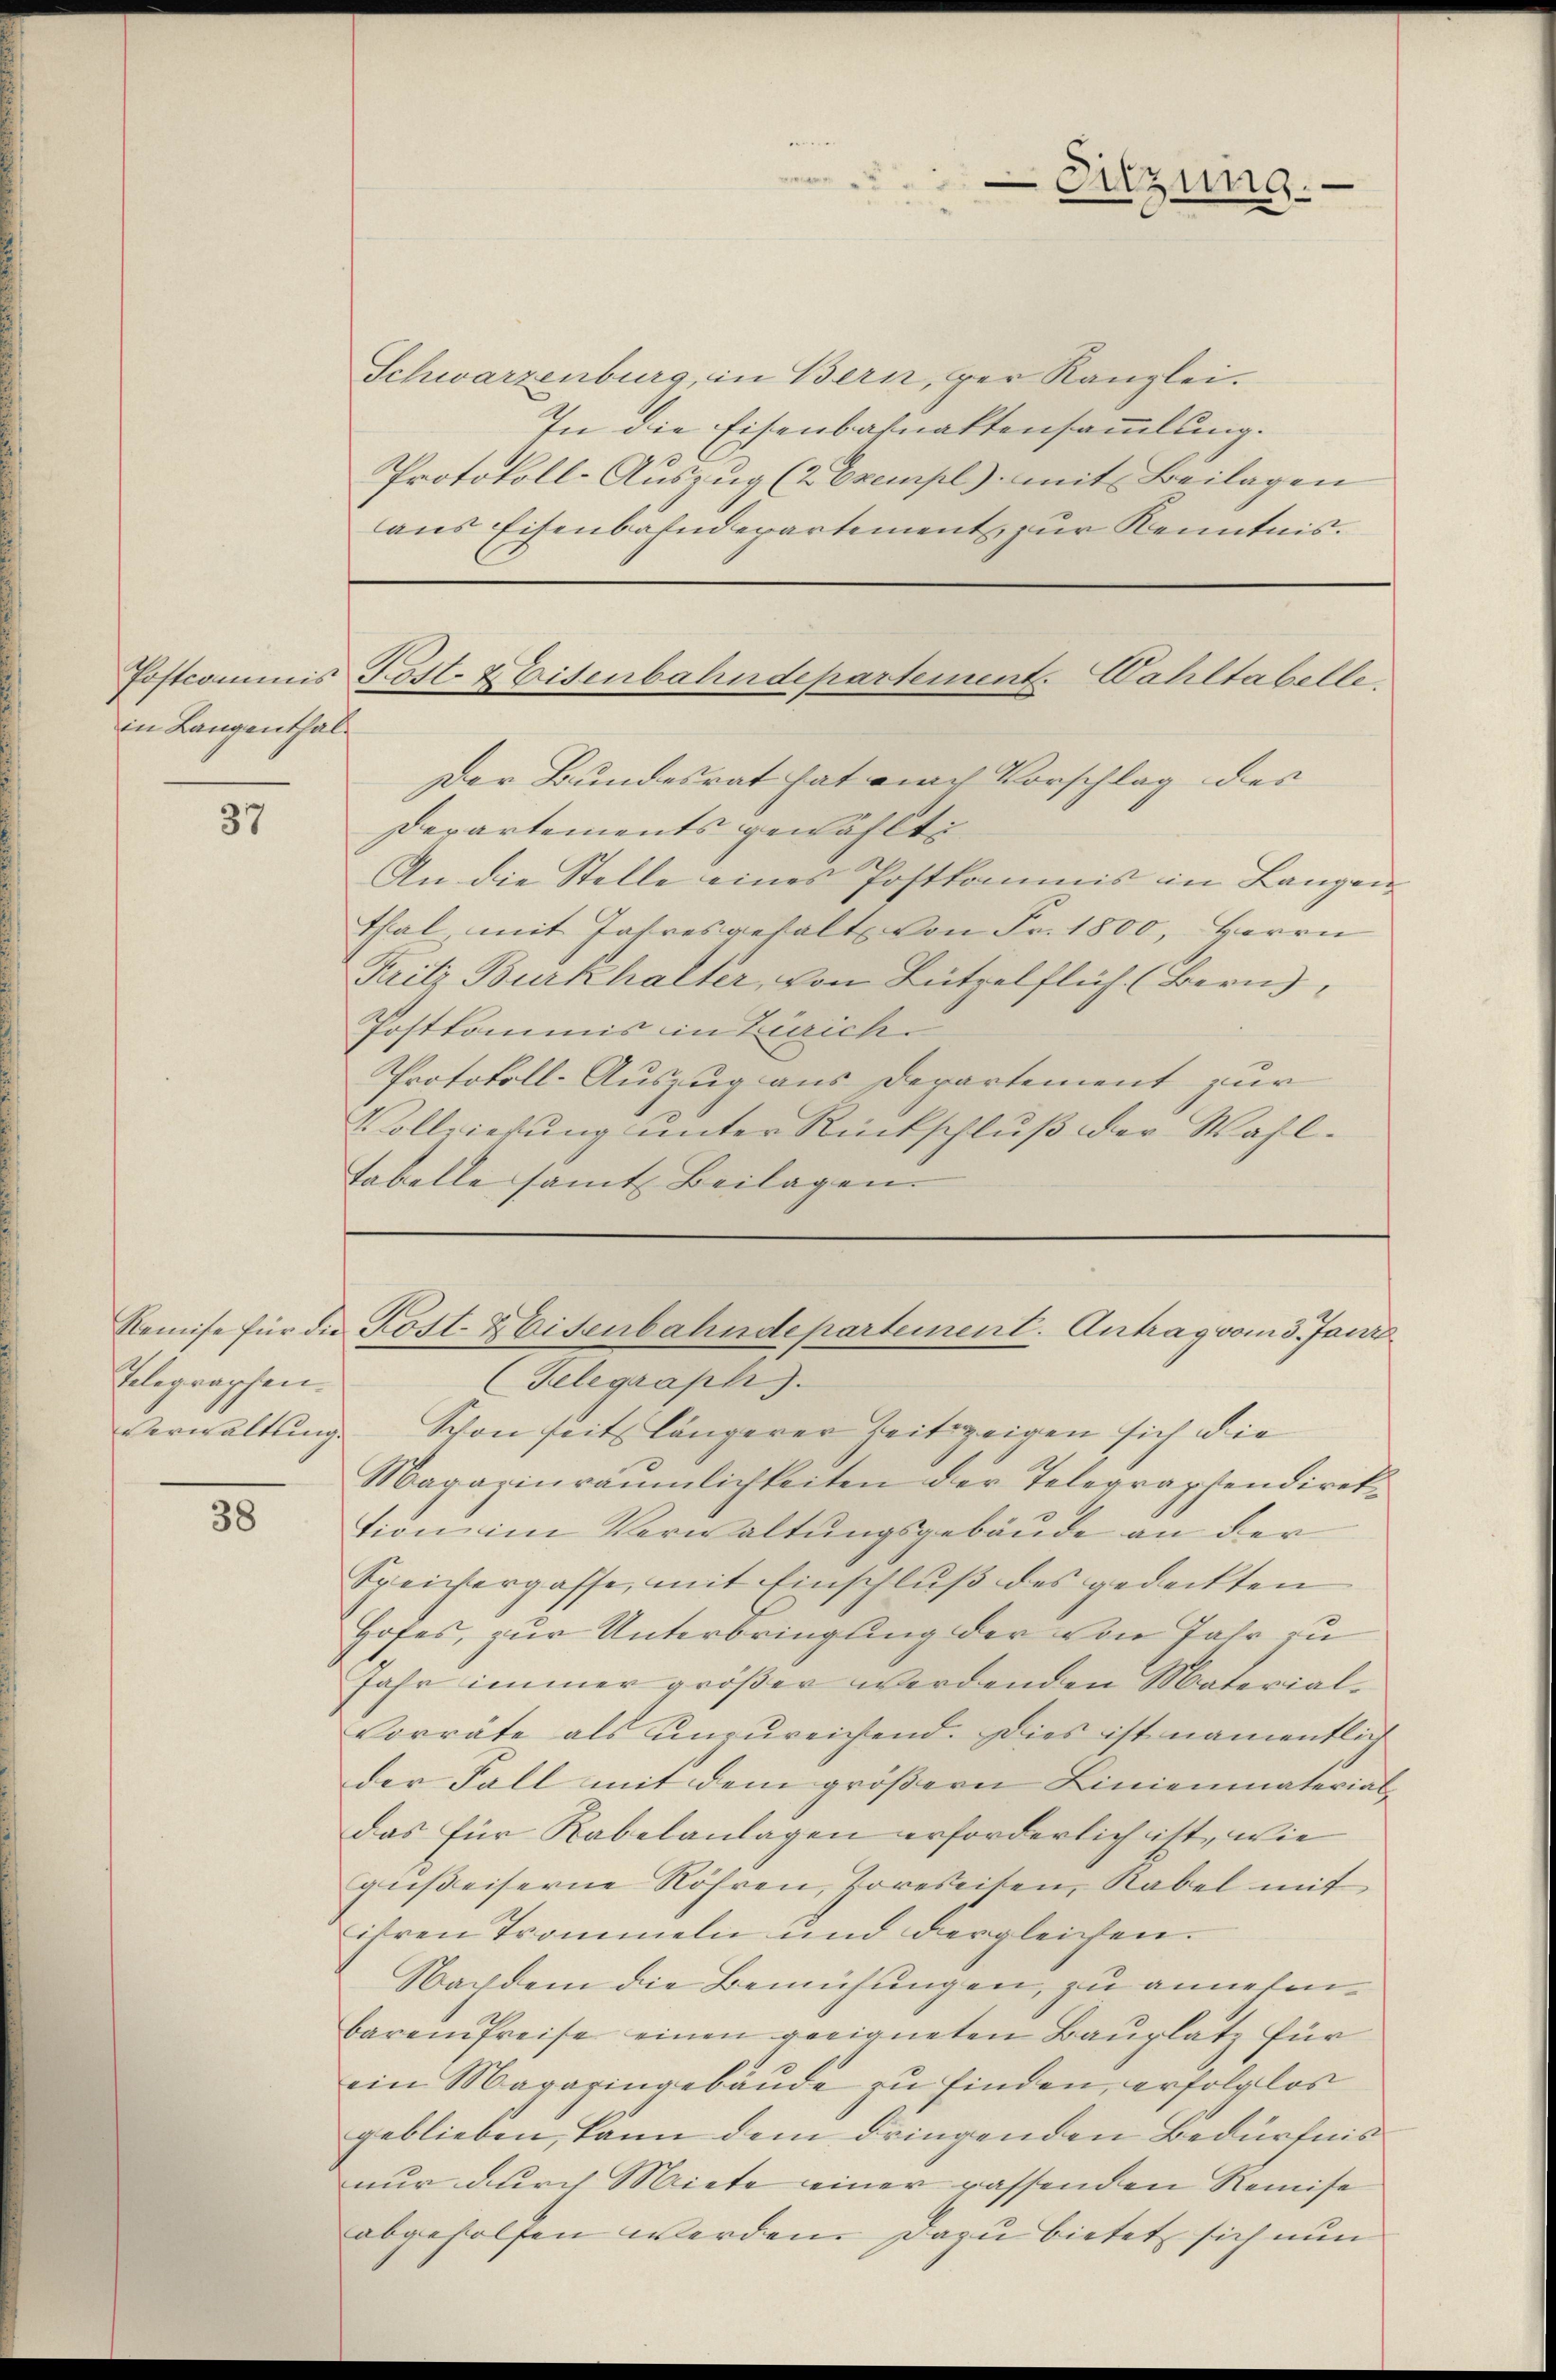
in Langenthal

37

Telegraphen.

38

Schwarzenburg, in Bern, ger Kanzlei.
In die Eisenbahnaktensammlung.
Protokoll-Auszug (2 Exempl) mit Beilagen
aus Eisenbahndepartement zur Kenntnis.

Postcommis Post. Weisenbahndepartement. Dahltabelle

Sitzung.

Der Bundesrat hat durch Vorschlag des
Derartements gewählt
An die Stelle eines Postkommis in Langen
thal, mit Jahresgehalt von Fr. 1800, Herrn
Fritz Burkhalter, von Lützelflüh. (Bern,
Postkommnis in Zürich
Protokoll-Auszug aus Departement zur
Vollziehung unter Rückschluß der Wahl¬
Tabelle samt Beilagen.

Remise für die Kost. Heisenbahndepartement. Antrag vom 3. Jani
(Telegraph).

Verwaltung. Schon seit längerer Zeitszeigen sich die
Magazinräumlichkeiten der Telegraphendirektion im Verwaltungsgebäude an der
Speistergasse, mit Einschluß des gedeckten
Hofes, zur Unterbringung der von Jahr zu
Jahr immer größer werdenden Material¬
Vorräte als unzureichend. Dies ist namentlich
der Fall mit dem größern Linienmaterial-
das für Rabelanlagen erforderlich ist, wie
gußeiserne Röhren, Poreseisen, Rabel mit
ihren Trommeln und dergleichen.
Nachdem die Bemühungen, zu annehmbarem Preise einen geeigneten Bauplatz für
ein Magazingebäude zu finden, erfolglos
geblieben, kann dem dringenden Bedürfnis
nur durch Miete einer rassenden Remise
abgeholfen werden. Dazu bietet sich nun